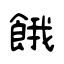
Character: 餓